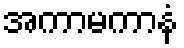
အကာမကာနံ